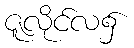
ဇူလိုင်လ၌